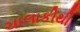
ચાલાકીથી